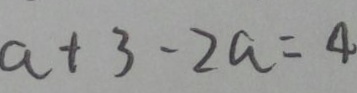
a + 3 - 2 a = 4